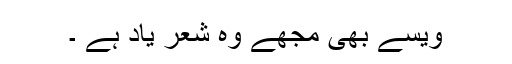
ویسے بھی مجھے وہ شعر یاد ہے ۔